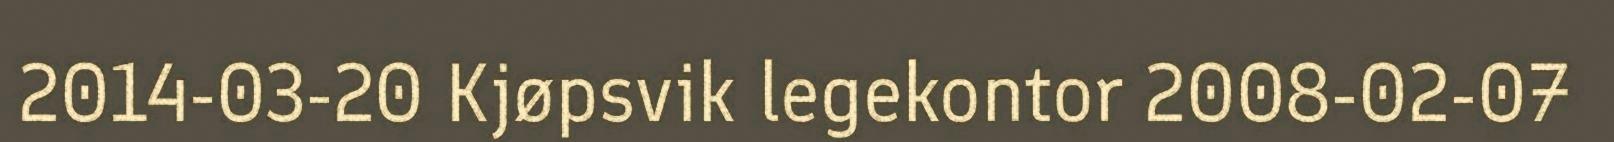
2014-03-20 Kjøpsvik legekontor 2008-02-07